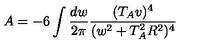
A = - 6 \int \frac { d w } { 2 \pi } \frac { ( T _ { A } v ) ^ { 4 } } { ( w ^ { 2 } + T _ { A } ^ { 2 } R ^ { 2 } ) ^ { 4 } }